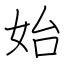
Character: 始